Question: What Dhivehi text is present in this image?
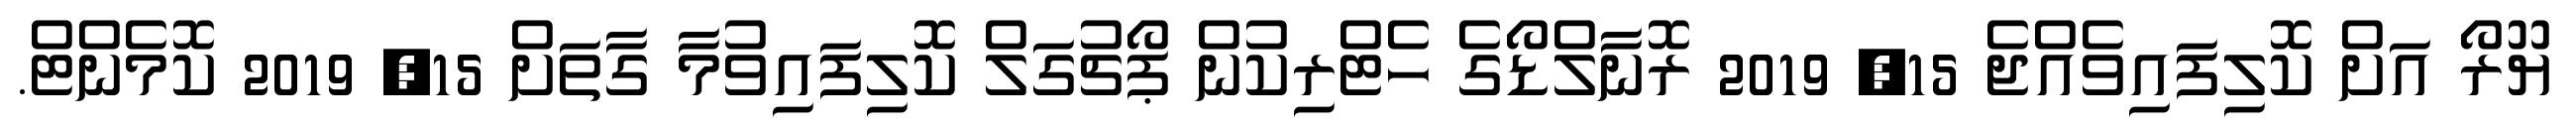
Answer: ޔޫރޯ އަށް ކޮލިފައިވެއްޖެ 15, 2019 ރޮނާލްޑޯގެ ހެޓްރިކުން ޕޯޗުގަލް ކޮލިފައިވުމާ ގާތަށް 15, 2019 ކޮމެންޓް.